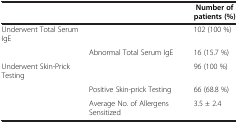
|  |  | Number of patients (%) |
 | --- | --- | --- |
 | Underwent Total Serum IgE |  | 102 (100 %) |
 |  | Abnormal Total Serum IgE | 16 (15.7 %) |
 | Underwent Skin-Prick Testing |  | 96 (100 %) |
 |  | Positive Skin-prick Testing | 66 (68.8 %) |
 |  | Average No. of Allergens Sensitized | 3.5 ± 2.4 |